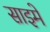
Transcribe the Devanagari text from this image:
साइमे